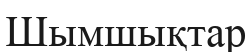
Шымшықтар